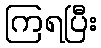
ကြရပြီး